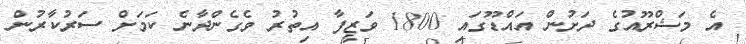
އެ މަޝްރޫއުގެ ދަށުން އައްޑޫގައި 1800 ވަޒީފާ އިތުރު ވެގެންދާނެ ކަމަށް ސަރުކާރުން